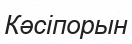
Кәсіпорын